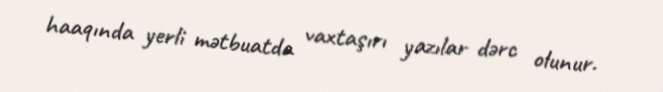
haaqında yerli mətbuatda vaxtaşırı yazılar dərc olunur.